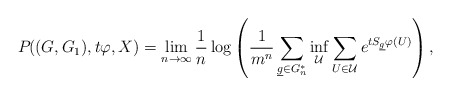
\begin{align*}P_{}((G,G_1),t \varphi,X)=\lim_{n\to\infty}\frac{1}{n}\log \left(\frac{1}{m^n}\sum_{{\underline g \in G_n^*}}\inf_{\mathcal{U}}\sum_{U\in\mathcal{U}}e^{tS_{\underline g}\varphi(U)} \right),\end{align*}